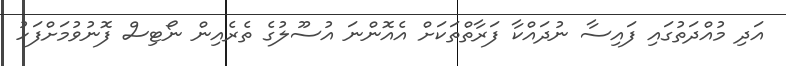
އަދި މުއްދަތުގައި ފައިސާ ނުދައްކާ ފަރާތްތަކަށް އެއޮންނަ އުސޫލުގެ ތެރެއިން ނޯޓިސް ފޮނުވުމަށްފަހު